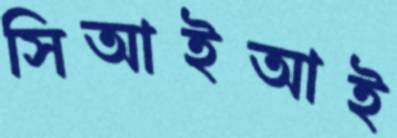
সিআইআই